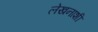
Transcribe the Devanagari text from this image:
लेखनाशी